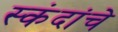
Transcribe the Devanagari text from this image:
स्कंदांचे